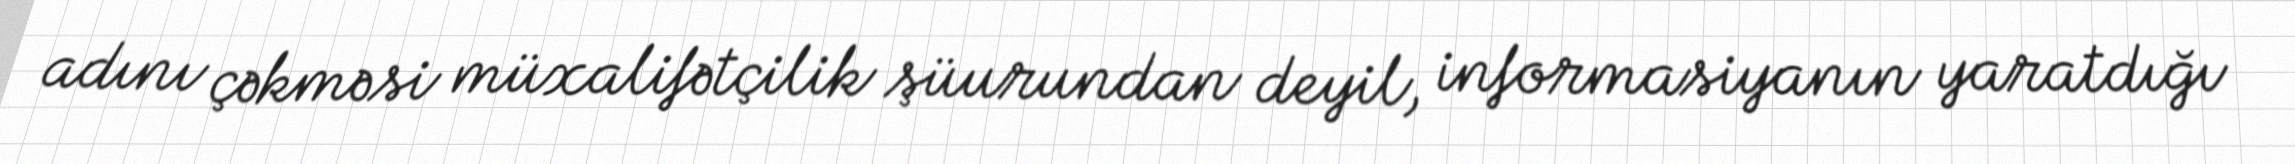
adını çəkməsi müxalifətçilik şüurundan deyil, informasiyanın yaratdığı